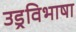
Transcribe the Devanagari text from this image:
उड्रविभाषा